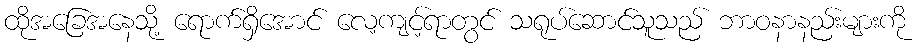
ထိုအခြေအနေသို့ ရောက်ရှိအောင် လေ့ကျင့်ရာတွင် သရုပ်ဆောင်သူသည် ဘာဝနာနည်းများကို